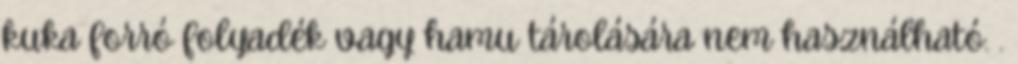
kuka forró folyadék vagy hamu tárolására nem használható. .